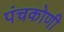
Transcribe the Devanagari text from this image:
पंचकोणी